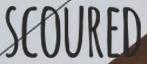
SCOURED